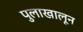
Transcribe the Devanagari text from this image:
पुलाखालून